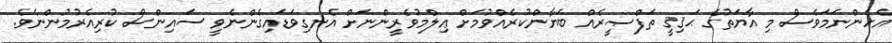
އެހެންނަމަވެސް މި އާޔަތުގެ ޙަޤިޤީ ތަފްޞީރެއް ބަޔާންކުރެއްވުމަށް ޢިލްމުވެރީންނަށް އެނގިވަޑައިގެންނެވީ ސައިންސް ކުރިއެރުމުންނެވެ.